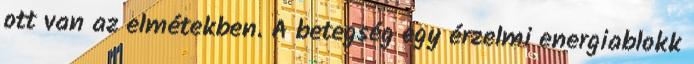
ott van az elmétekben. A betegség egy érzelmi energiablokk